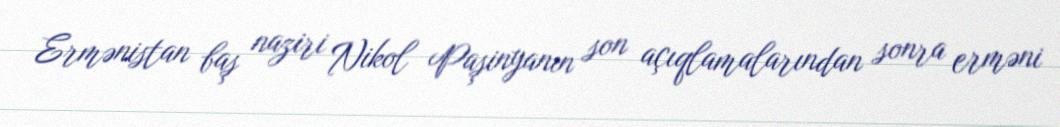
Ermənistan baş naziri Nikol Paşinyanın son açıqlamalarından sonra erməni